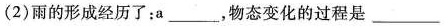
(2)雨的形成经历了；a___，物态变化的过程是___